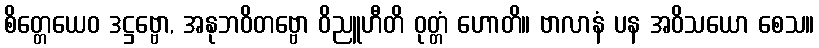
စိတ္တေယေဝ ဒဋ္ဌဗ္ဗော, အနုဘဝိတဗ္ဗော ဝိညူဟီတိ ဝုတ္တံ ဟောတိ။ ဗာလာနံ ပန အဝိသယော စေသ။